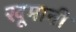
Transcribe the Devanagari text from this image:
खूमानी